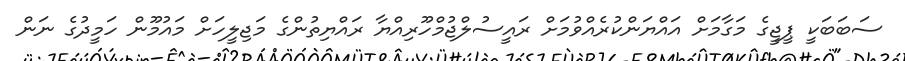
ސަބަބަކީ ޕީޖީގެ މަގާމަށް އައްޔަންކުރެއްވުމަށް ރައީސުލްޖުމްހޫރިއްޔާ ރައްޔިތުންގެ މަޖިލީހަށް މައުމޫން ހަމީދުގެ ނަން